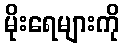
မိုးရေများကို